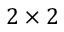
2 \times 2